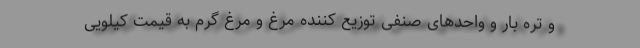
و تره بار و واحدهای صنفی توزیع کننده مرغ و مرغ گرم به قیمت کیلویی